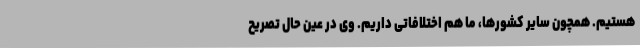
هستیم. همچون سایر کشورها، ما هم اختلافاتی داریم. وی در عین حال تصریح